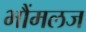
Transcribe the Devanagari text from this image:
भौंमलज